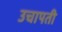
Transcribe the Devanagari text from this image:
उचापती